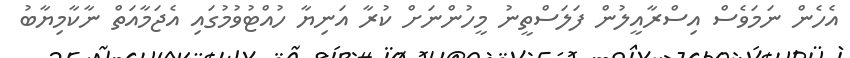
އެހެން ނަމަވެސް އިސްރާއީލުން ފަލަސްތީނު މީހުންނަށް ކުރާ އަނިޔާ ހުއްޓުވުމުގައި އެޖަމާއަތް ނާކާމިޔާބު